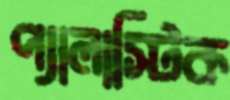
প্যালাস্টিক